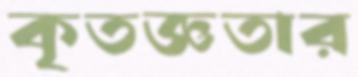
কৃতজ্ঞতার